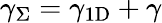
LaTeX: \gamma_{\Sigma}=\gamma_{1\mathrm{{D}}}+\gamma